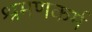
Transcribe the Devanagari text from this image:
श्रमणकर्म